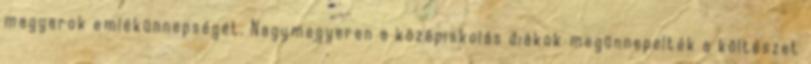
magyarok emlékünnepségét. Nagymegyeren a középiskolás diákok megünnepelték a költészet